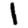
Digit: 1